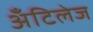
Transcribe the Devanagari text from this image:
अँटिलेज